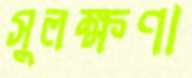
সুলক্ষণা